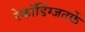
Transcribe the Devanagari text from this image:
रेकॉर्डिंग्जतर्फे